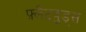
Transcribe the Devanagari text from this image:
फ़्लैटवुड्स